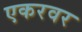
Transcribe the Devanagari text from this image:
एकरवर